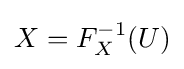
X=F_{X}^{-1}(U)